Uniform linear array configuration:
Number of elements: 16
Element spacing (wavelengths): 1
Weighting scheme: hamming
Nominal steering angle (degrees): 30
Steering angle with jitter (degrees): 30.776
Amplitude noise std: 0.05
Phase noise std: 0.05

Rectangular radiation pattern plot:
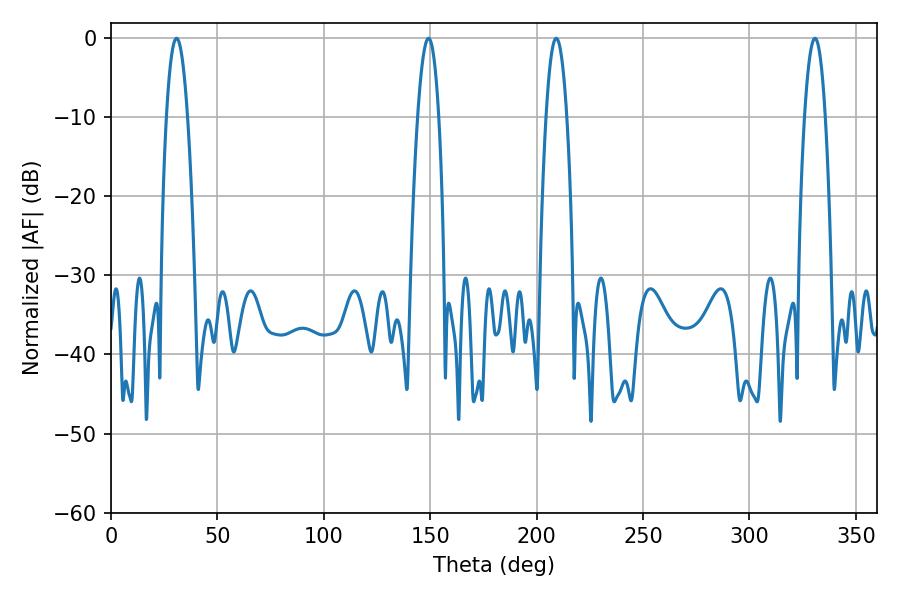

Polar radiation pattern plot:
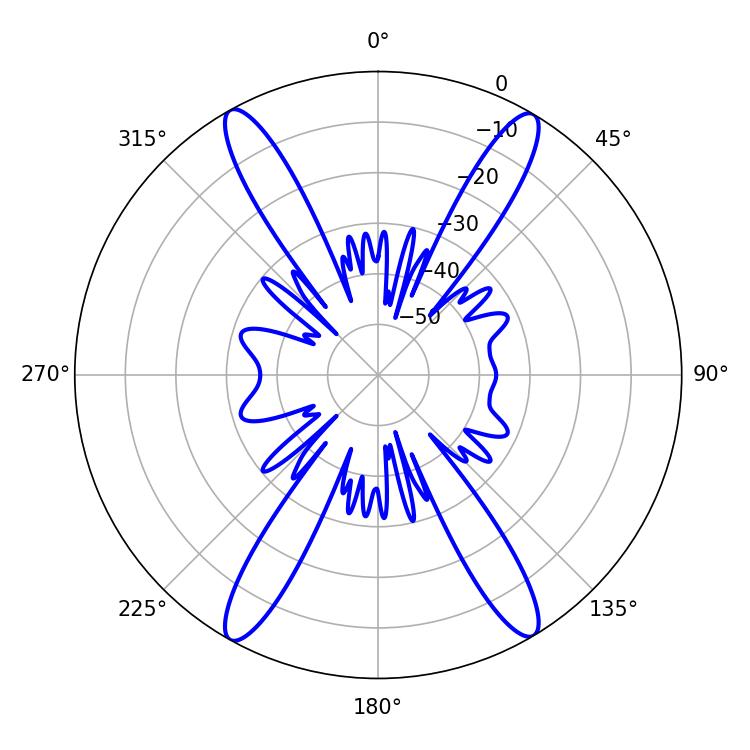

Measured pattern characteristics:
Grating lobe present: TRUE
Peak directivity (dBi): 24.656
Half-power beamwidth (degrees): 5.58
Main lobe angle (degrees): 30.78